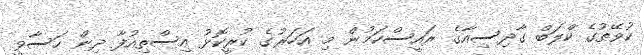
ކުވޭތުގެ ކްލަބް ގާދިސިއާގެ ރައީސްކަމުން މި އަހަރުގެ ކުރީކޮޅު އިސްތިއުފާ ދިން ހަސާވީ